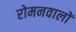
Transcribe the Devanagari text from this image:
रोमनवालों